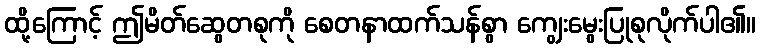
ထို့ကြောင့် ဤမိတ်ဆွေတစုကို စေတနာထက်သန်စွာ ကျွေးမွေးပြုစုလိုက်ပါ၏။